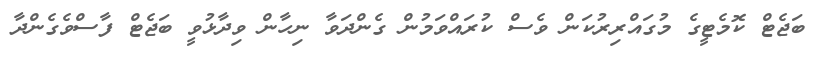
ބަޖެޓް ކޮމެޓީގެ މުގައްރިރުކަން ވެސް ކުރައްވަމުން ގެންދަވާ ނިހާން ވިދާޅުވީ ބަޖެޓް ފާސްވެގެންދާ